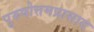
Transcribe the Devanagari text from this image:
पुरुषोत्तमप्रासाद